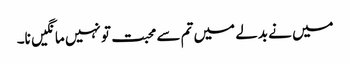
میں نے بدلے میں تم سے محبت تو نہیں مانگیں نا۔